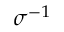
\sigma ^ { - 1 }